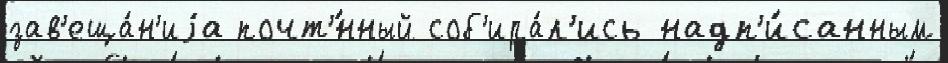
зав'еща́н'иjа почт'́нный соб'ира́л'ись надп'и́санным